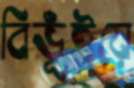
বিভূঁইয়ে